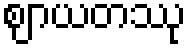
ဈာယတဿု